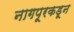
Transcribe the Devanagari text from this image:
नागपूरकडून